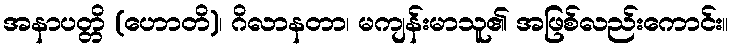
အနာပတ္တိ (ဟောတိ)၊ ဂိလာနတာ၊ မကျန်းမာသူ၏ အဖြစ်လည်းကောင်း။